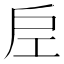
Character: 𭠀